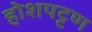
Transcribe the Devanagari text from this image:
होशपट्टण